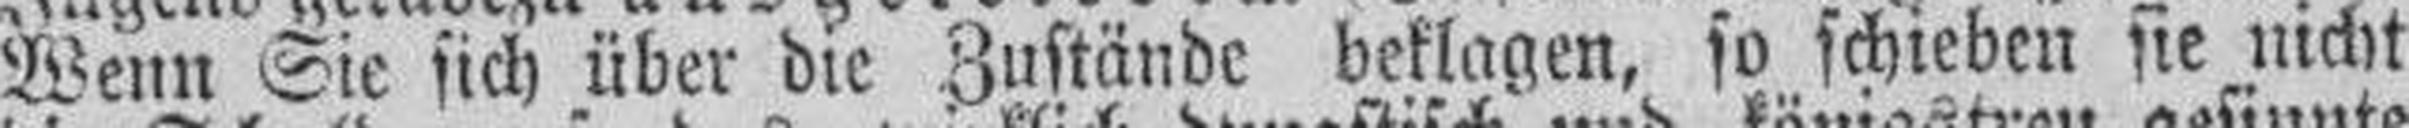
Wenn Sie sich über die Zustände beklagen, so schieben sie nicht